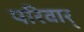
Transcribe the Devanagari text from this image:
परिवार्